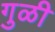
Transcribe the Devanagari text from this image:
गुळी